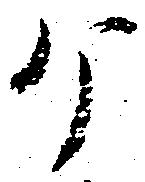
ヶ